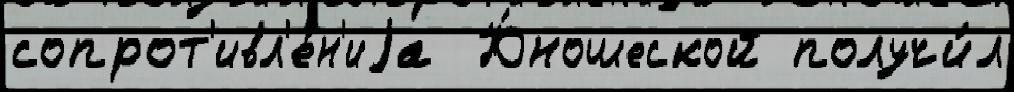
сопрот'ивл'е́н'иjа  Ю́ношеской получи́л